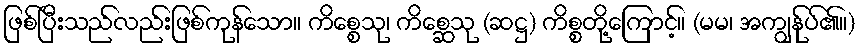
ဖြစ်ပြီးသည်လည်းဖြစ်ကုန်သော။ ကိစ္စေသု၊ ကိစ္ဆေသု (ဆဋ္ဌ) ကိစ္စတို့ကြောင့်။ (မမ၊ အကျွန်ုပ်၏။)